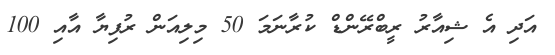
އަދި އެ ޝިއާރު ރީބްރޭންޑް ކުރާނަމަ 50 މިލިއަން ރުފިޔާ އާއި 100